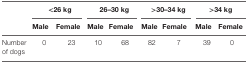
<table><thead><tr><td></td><td colspan="2"><b>&lt;26 kg</b></td><td colspan="2"><b>26–30 kg</b></td><td colspan="2"><b>&gt;30–34 kg</b></td><td colspan="2"><b>&gt;34 kg</b></td></tr><tr><td></td><td><b>Male</b></td><td><b>Female</b></td><td><b>Male</b></td><td><b>Female</b></td><td><b>Male</b></td><td><b>Female</b></td><td><b>Male</b></td><td><b>Female</b></td></tr></thead><tbody><tr><td>Number of dogs</td><td>0</td><td>23</td><td>10</td><td>68</td><td>82</td><td>7</td><td>39</td><td>0</td></tr></tbody></table>